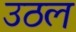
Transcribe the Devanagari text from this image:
उठल